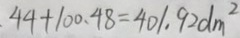
4 4 + 1 0 0 . 4 8 = 4 0 1 . 9 2 d m ^ { 2 }